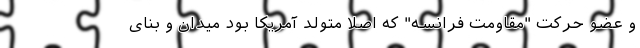
و عضو حرکت "مقاومت فرانسه" که اصلا متولد آمریکا بود میدان و بنای